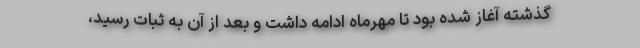
گذشته آغاز شده بود تا مهرماه ادامه داشت و بعد از آن به ثبات رسید،